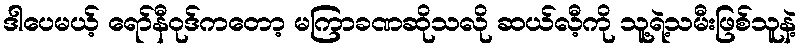
ဒါပေမယ့် ရော်နီဝုဒ်ကတော့ မကြာခဏဆိုသလို ဆယ်လီ့ကို သူ့ရဲ့သမီးဖြစ်သူနဲ့